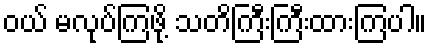
ဝယ် မလုပ်ကြဖို့ သတိကြီးကြီးထားကြပါ။